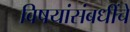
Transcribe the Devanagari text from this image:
विषयांसंबधींचे